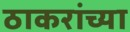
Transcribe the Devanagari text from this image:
ठाकरांच्या